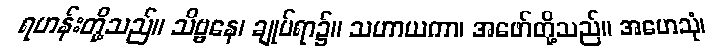
ရဟန်းတို့သည်။ သိဗ္ဗနေ၊ ချုပ်ရာ၌။ သဟာယကာ၊ အဖော်တို့သည်။ အဟေသုံ၊